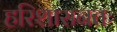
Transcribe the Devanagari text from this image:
हरिशासनतः